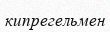
кипрегельмен